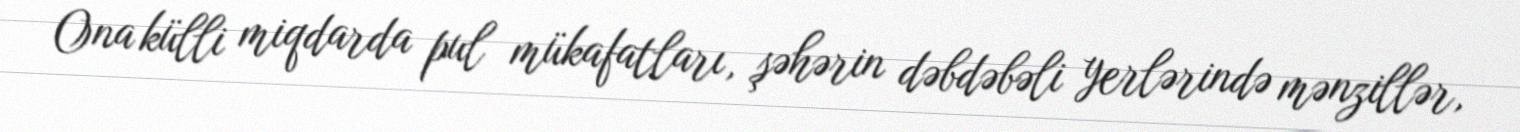
Ona külli miqdarda pul mükafatları, şəhərin dəbdəbəli yerlərində mənzillər,